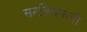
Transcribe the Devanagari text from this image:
सटक्लिफची